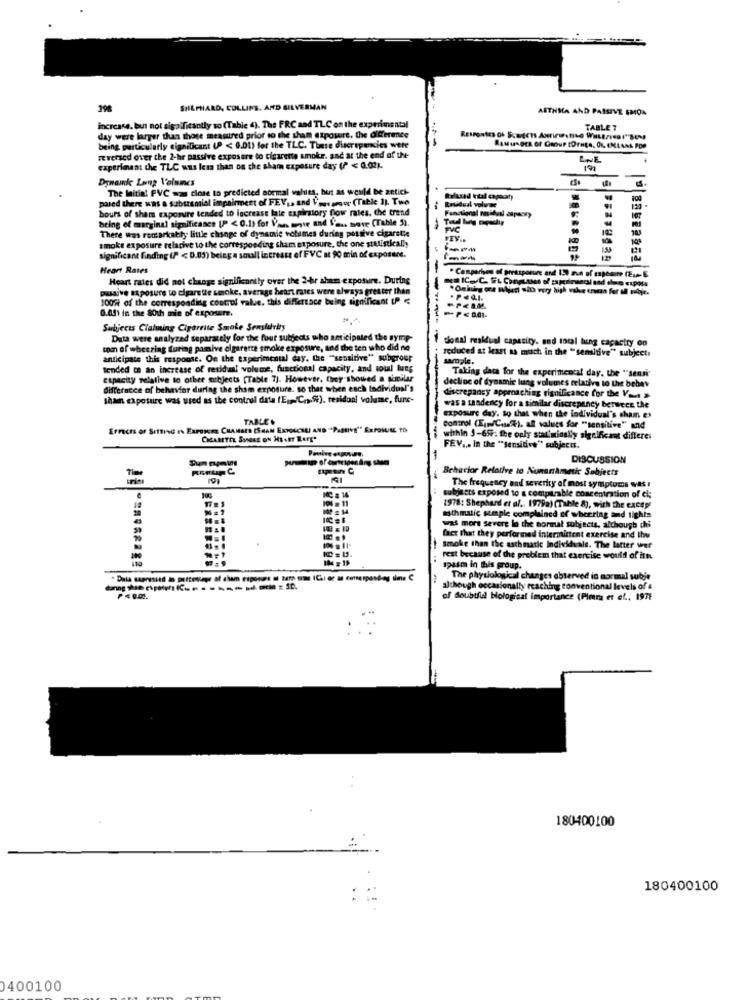
296
SHEPHARD, COLLINS, AND SILVERMAN
AITHIA AND PASSIVE EMON
increase. but not sigaificantly so (Tabie 4). The FRC and TLC on the experimental
TABLE 7
day were larger than those measured prior to the sham exposure, the difference
reversed over the 2-hr passive exposure to cigarette smoke. anc at the end of the
being particularly significant (P < 0.01) for the TLC. These discrepancies were
experiment the TLC was less than on the sham exposure day (P < 0.02).
191
Dynawe Long Volnincs
The Initial PVC was close to predicted normal values, but as would be antiek
pared there was a substantial impairment of FEVLs and Vossamove (Table ]). Two
100
bours of shant raporuire tended to increase late expirstory flow rates, che trend
Residual volume
being of marginal significance (P < 0.1) for Van move and l'as. save (Table 5).
.
There was remarkably little change of dynamic volumes during possive cigarstie
-
smoke exposure relative to the corresponding sham stposure, the one statistically
FEV ..
significant finding (P < 0.05) being a soull intresse ef FVC at 90 min of exposure.
Heart Rates
Heart rates did not change significantly over the 2-hr aham exposure. During
* Comparison of pieksporu and 150 aun of exposure (E .. E
passive exposure to cigarette smoke. average heart rates were always greater than
100% of the corresponding coatof value. this differtace being significant IP
.PEQI.
0.001 in the 80th min of exposure.
------
Subjects Claiming Cigarette Smoke Senshurby
Data were analyzed separately for the four subjects who anticipated the symp-
cional residual capacity. and total bing capacity oo
com of wheezing turing pamive cigarette smoke exposure, and the ten who did ne
anticipate this response. On the experimental day. the "sensitive" subgroup
reduced at least as much in the "sensitive" subject
sample.
tended ce an increase of residail volume, functional capacity, and soul lung
Taking data for the experimental day. the "sensi"
capacity relative to other objects (Table 7). However, Chey showed a similar
differacce of behavior during the sham exposure. so that when each Individual's
decline of dynamic lung volumes relative to the behav
shan exposure was used as the control data (E;Cf), residual volume, furs-
discrepancy approaching significance for the Ve >
was a saadency for a similar discrepancy between the
TABLE
Exposure day. So that when the individual's cham es
Control (En/Cafe), al values for "sensitive" and
CICARTEL SONORE ON HEAET LAFT"
within 5-65F. the only stariminally significant differe.
FEV ... In the "sensitive" subjects.
-
DISCUSSION
Behavior Relative to Numarikmetic Subjects
The frequency and severity of most symptoms was !
100 11
subjects exposed to a comparable concentration of ci;
20
1978: Shephard et al. 1979a) (Table 8), with the excepe
asthmatic simple complained of wheering and tights
was more severe lo the normal subjects, although chi
fact that they performed intermittent exercise and thu
Smoke than the asthmatic Individuals. The latter wuf
rest because of the problem that exercise would of its.
spasm in this group.
The physiological changes observed in normal subje
although occasionally reaching conventional levels of &
of doubtful bological importance (Pietra et ef ., 1971
180400100
180400100
0400100